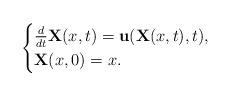
LaTeX: \begin{align*}\begin{cases}\frac{d}{dt}\mathbf{X}(x,t)=\mathbf{u}(\mathbf{X}(x,t),t),\\\mathbf{X}(x,0)=x.\end{cases}\end{align*}